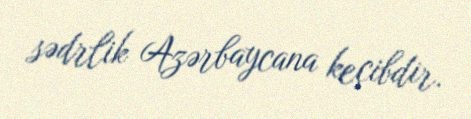
sədrlik Azərbaycana keçibdir.